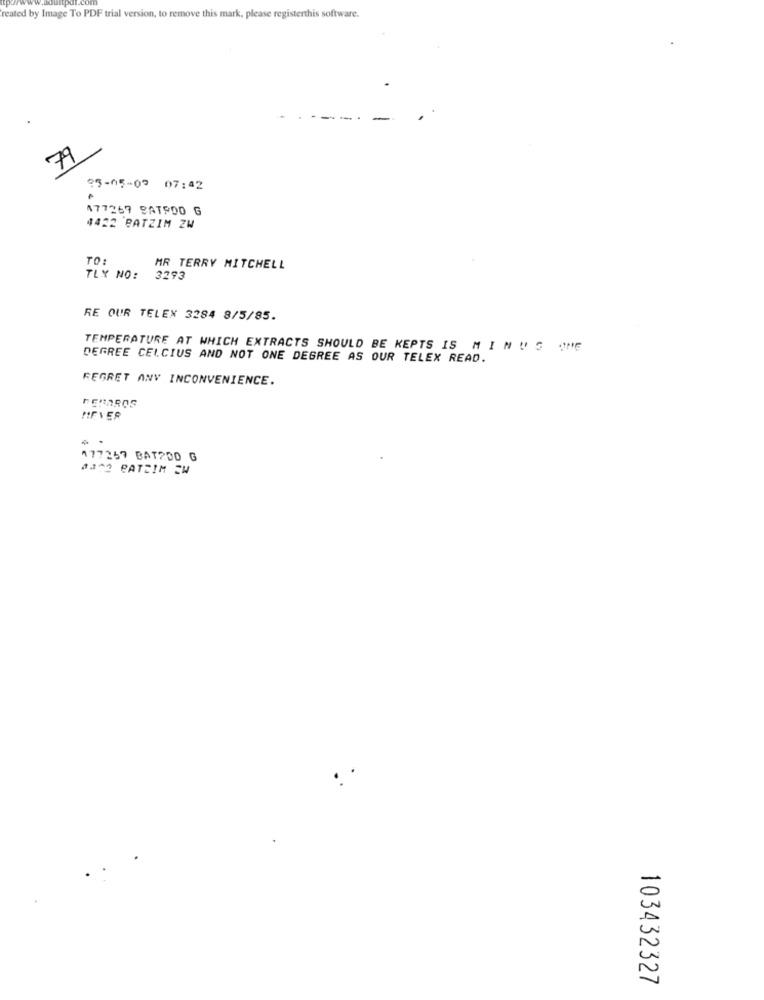
reated by Image To PDF trial version, to remove this mark, please registerthis software.
79
05-05-09 07:42
477269 BAT900 G
4422 BATZIM ZW
TO:
MR TERRY MITCHELL
TLY NO:
3293
RE OUR TELEX 3284 8/5/85.
TEMPERATURE AT WHICH EXTRACTS SHOULD BE KEPTS IS MINUS ONE
DEGREE CELCIUS AND NOT ONE DEGREE AS OUR TELEX READ.
REGRET ANY INCONVENIENCE.
FEMAROS
MEVER
177367 BATADO G
0322 PATEIM EW
103432327